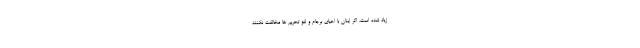
زیاد شده است. اگر اینان با احیای برجام و لغو تحریم ها مخالفت نکنند